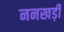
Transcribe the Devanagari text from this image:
ननखड़ी